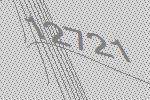
12721